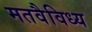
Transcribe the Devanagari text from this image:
मतवैविध्य